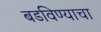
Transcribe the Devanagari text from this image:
बडविण्याचा